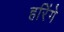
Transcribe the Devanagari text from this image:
हरिंगे